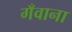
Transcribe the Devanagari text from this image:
गँवाना